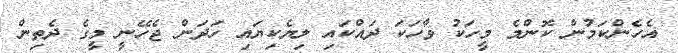
އެހެންކަމުން ކޮންމެ މީހަކު ވާހަކަ ދައްކައި ލިޔެކިޔައި ހަދަން ޖެހޭނީ މީގެ ދެތިން